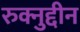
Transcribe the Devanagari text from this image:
रुक्नुद्दीन